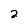
Character: 2